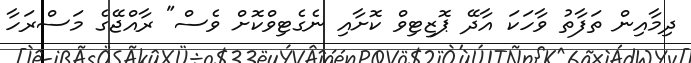
ދިމާއިން ތަފާތު ވާހަކަ އާދޭ ޕޮޒިޓިވް ކޮށާއި ނެގެޓިވްކޮށް ވެސް" ރާއްޖޭގެ މަސްރަހާ